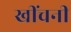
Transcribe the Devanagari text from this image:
खींचनी